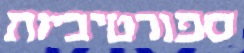
ספורטיביות